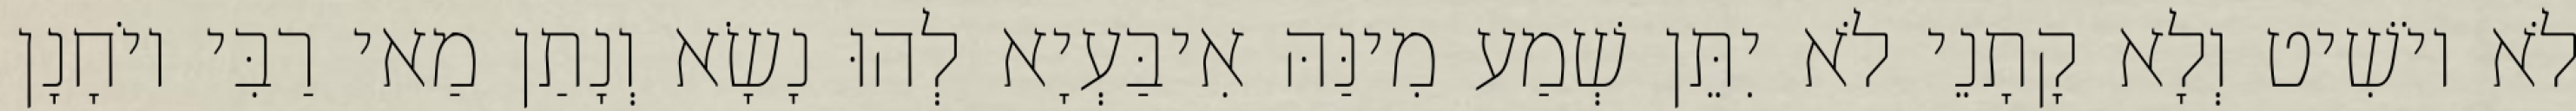
לֹא יוֹשִׁיט וְלָא קָתָנֵי לֹא יִתֵּן שְׁמַע מִינַּהּ אִיבַּעְיָא לְהוּ נָשָׂא וְנָתַן מַאי רַבִּי יוֹחָנָן